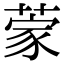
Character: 𮐃